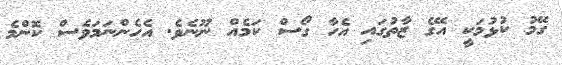
ގޭމު ކުޅުމަކީ އޭގެ ޒާތުގައި އެހާ ގޯސް ކަމެއް ނޫނެވެ. އެހެންނަމަވެސް ކޮންމެ